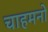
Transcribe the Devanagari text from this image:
चाहमनों